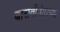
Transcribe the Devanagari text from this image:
बारावीनंतरच्या